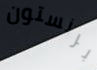
برنستون